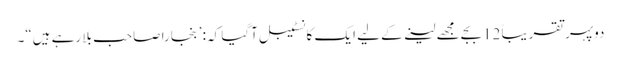
دوپہر تقریباً 12بجے مجھے لینے کے لیے ایک کانسٹیبل آگیا کہ: ’بنجارا صاحب بلا رہے ہیں“۔